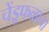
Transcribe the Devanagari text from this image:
चेंडूफळाचा